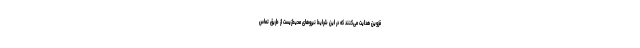
قزوین هدایت می‌کنند که در این شرایط نیروهای محیط‌زیست از طریق تماس